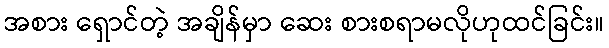
အစား ရှောင်တဲ့ အချိန်မှာ ဆေး စားစရာမလိုဟုထင်ခြင်း။